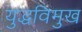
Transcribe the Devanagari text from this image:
युद्धविमुख